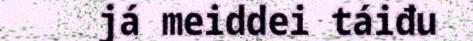
já meiddei táiđu